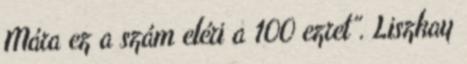
Mára ez a szám eléri a 100 ezret”. Liszkay